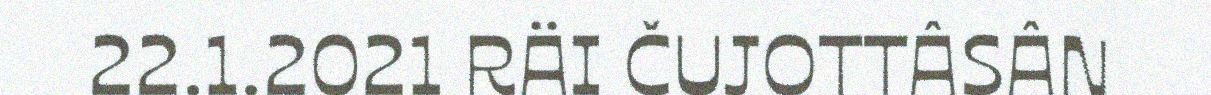
22.1.2021 RÄI ČUJOTTÂSÂN